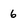
Character: 6